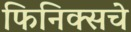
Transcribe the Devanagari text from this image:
फिनिक्सचे